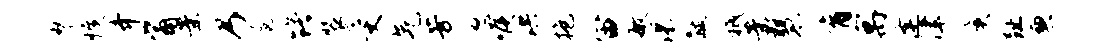
琴愤齐觜案乃扈躇装受气芳怒喉洪抱宙敏渴黻祗案慧育寓逢津庚趾兼